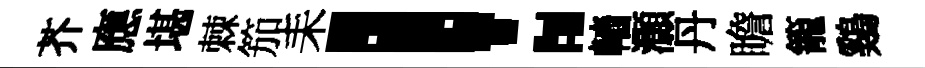
芥應堪棘笳耒！轖灝丹瞻籠鷄